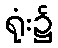
ရုံး၌